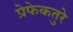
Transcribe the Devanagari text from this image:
प्रेफेकतुरे